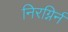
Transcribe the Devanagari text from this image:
निरग्निर्न